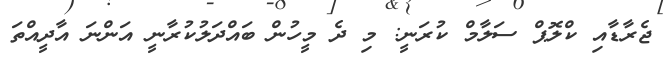
ޖެރާޑާއި ކްލޮޕް ސަލާމް ކުރަނީ: މި ދެ މީހުން ބައްދަލުކުރާނީ އަންނަ އާދީއްތަ